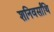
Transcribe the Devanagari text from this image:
शनिवर्सांथि